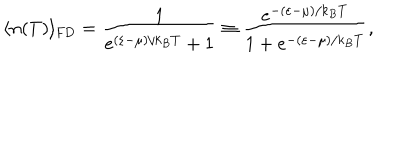
LaTeX: \langle n ( T ) \rangle _ { \mathrm { { F D } } } = \frac { 1 } { e ^ { ( \varepsilon - \mu ) / k _ { B } T } + 1 } \equiv \frac { e ^ { - ( \varepsilon - \mu ) / k _ { B } T } } { 1 + e ^ { - ( \varepsilon - \mu ) / k _ { B } T } } ,